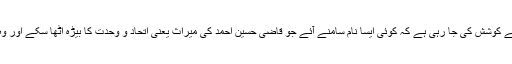
ملی یکجہتی کونسل میں شامل رہنماؤں کی طرف سے کوشش کی جا رہی ہے کہ کوئی ایسا نام سامنے آئے جو قاضی حسین احمد کی میراث یعنی اتحاد و وحدت کا بیڑہ اٹھا سکے اور وہ تمام تنظیموں اور رہنماؤں کیلئے قابل قبول بھی ہو۔